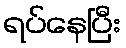
ရပ်နေပြီး